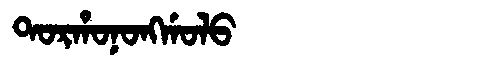
Manchu: ᡨᠣᡵᡥᠣᠨᠣᠩᡤᠣᠯᠣ
Romanization: TORHONONGGOLO